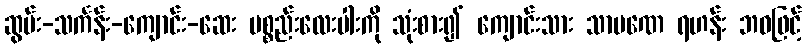
ဆွမ်း-သင်္ကန်း-ကျောင်း-ဆေး ပစ္စည်းလေးပါးကို သုံးစား၍ ကျောင်းသား သာမဏေ ရဟန်း ဘဝဖြင့်